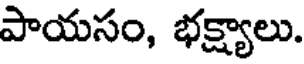
పాయసం, భక్ష్యాలు.